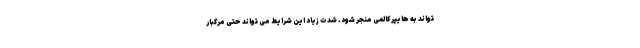
تواند به هایپرکالمی منجر شود. شدت زیاد این شرایط می تواند حتی مرگبار